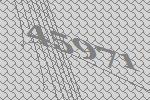
45971